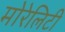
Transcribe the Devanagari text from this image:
मोरेलिटी